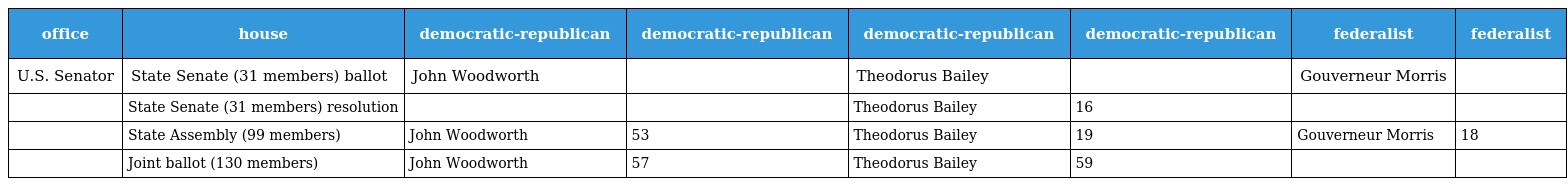
| office | house | democratic-republican | democratic-republican | democratic-republican | democratic-republican | federalist | federalist |
 | --- | --- | --- | --- | --- | --- | --- | --- |
 | U.S. Senator | State Senate (31 members) ballot | John Woodworth |  | Theodorus Bailey |  | Gouverneur Morris |  |
 |  | State Senate (31 members) resolution |  |  | Theodorus Bailey | 16 |  |  |
 |  | State Assembly (99 members) | John Woodworth | 53 | Theodorus Bailey | 19 | Gouverneur Morris | 18 |
 |  | Joint ballot (130 members) | John Woodworth | 57 | Theodorus Bailey | 59 |  |  |